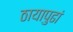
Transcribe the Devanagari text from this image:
ठायापुढां